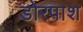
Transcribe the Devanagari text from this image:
डोरपाश